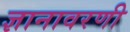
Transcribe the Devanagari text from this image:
ज्ञानावरणी